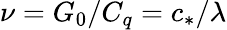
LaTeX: \nu=G_{0}/C_{q}=c_{*}/\lambda